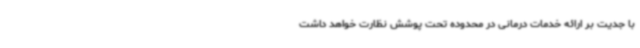
با جدیت بر ارائه خدمات درمانی در محدوده تحت پوشش نظارت خواهد داشت